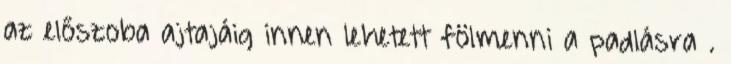
az előszoba ajtajáig innen lehetett fölmenni a padlásra .